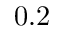
0 . 2